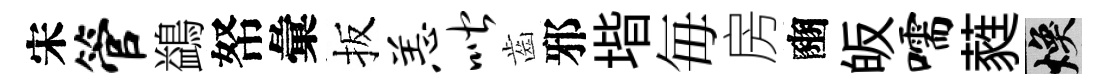
宋管鷁帑彙扳恙喈齒邪堦毎房豳皈嚅蕤焕